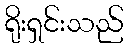
ရိုးရှင်းသည်